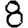
Digit: 8